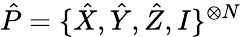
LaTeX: \hat{P}=\{ \hat{X},\hat{Y},\hat{Z},I\} ^{\otimes N}